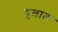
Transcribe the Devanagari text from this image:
बुलाल